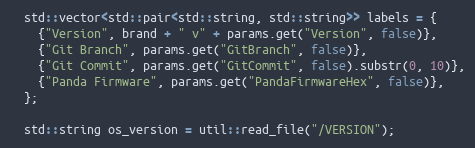
Language: C++
  std::vector<std::pair<std::string, std::string>> labels = {
    {"Version", brand + " v" + params.get("Version", false)},
    {"Git Branch", params.get("GitBranch", false)},
    {"Git Commit", params.get("GitCommit", false).substr(0, 10)},
    {"Panda Firmware", params.get("PandaFirmwareHex", false)},
  };

  std::string os_version = util::read_file("/VERSION");